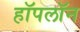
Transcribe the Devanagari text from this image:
हॉपलॉन